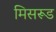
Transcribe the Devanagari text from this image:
मिसरूड